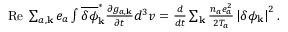
\begin{array} { r } { \mathrm { R e } \; \sum _ { a , { \bf k } } e _ { a } \int \overline { { \delta \phi } } _ { \bf k } ^ { \ast } \frac { \partial g _ { a , { \bf k } } } { \partial t } d ^ { 3 } v = \frac { d } { d t } \sum _ { \bf k } \frac { n _ { a } e _ { a } ^ { 2 } } { 2 T _ { a } } \left| \delta \phi _ { \bf k } \right| ^ { 2 } . } \end{array}